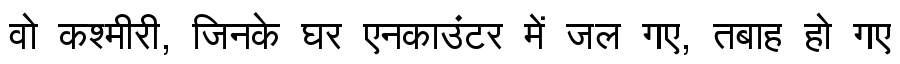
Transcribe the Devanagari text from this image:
वो कश्मीरी, जिनके घर एनकाउंटर में जल गए, तबाह हो गए